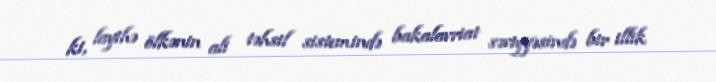
ki, layihə ölkənin ali təhsil sistemində bakalavriat səviyyəsində bir illik